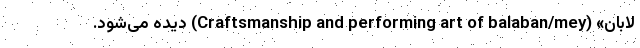
لابان» (Craftsmanship and performing art of balaban/mey) دیده می‌شود.